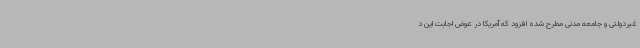
غیردولتی و جامعه مدنی مطرح شده افزود که آمریکا در عوض اجابت این د